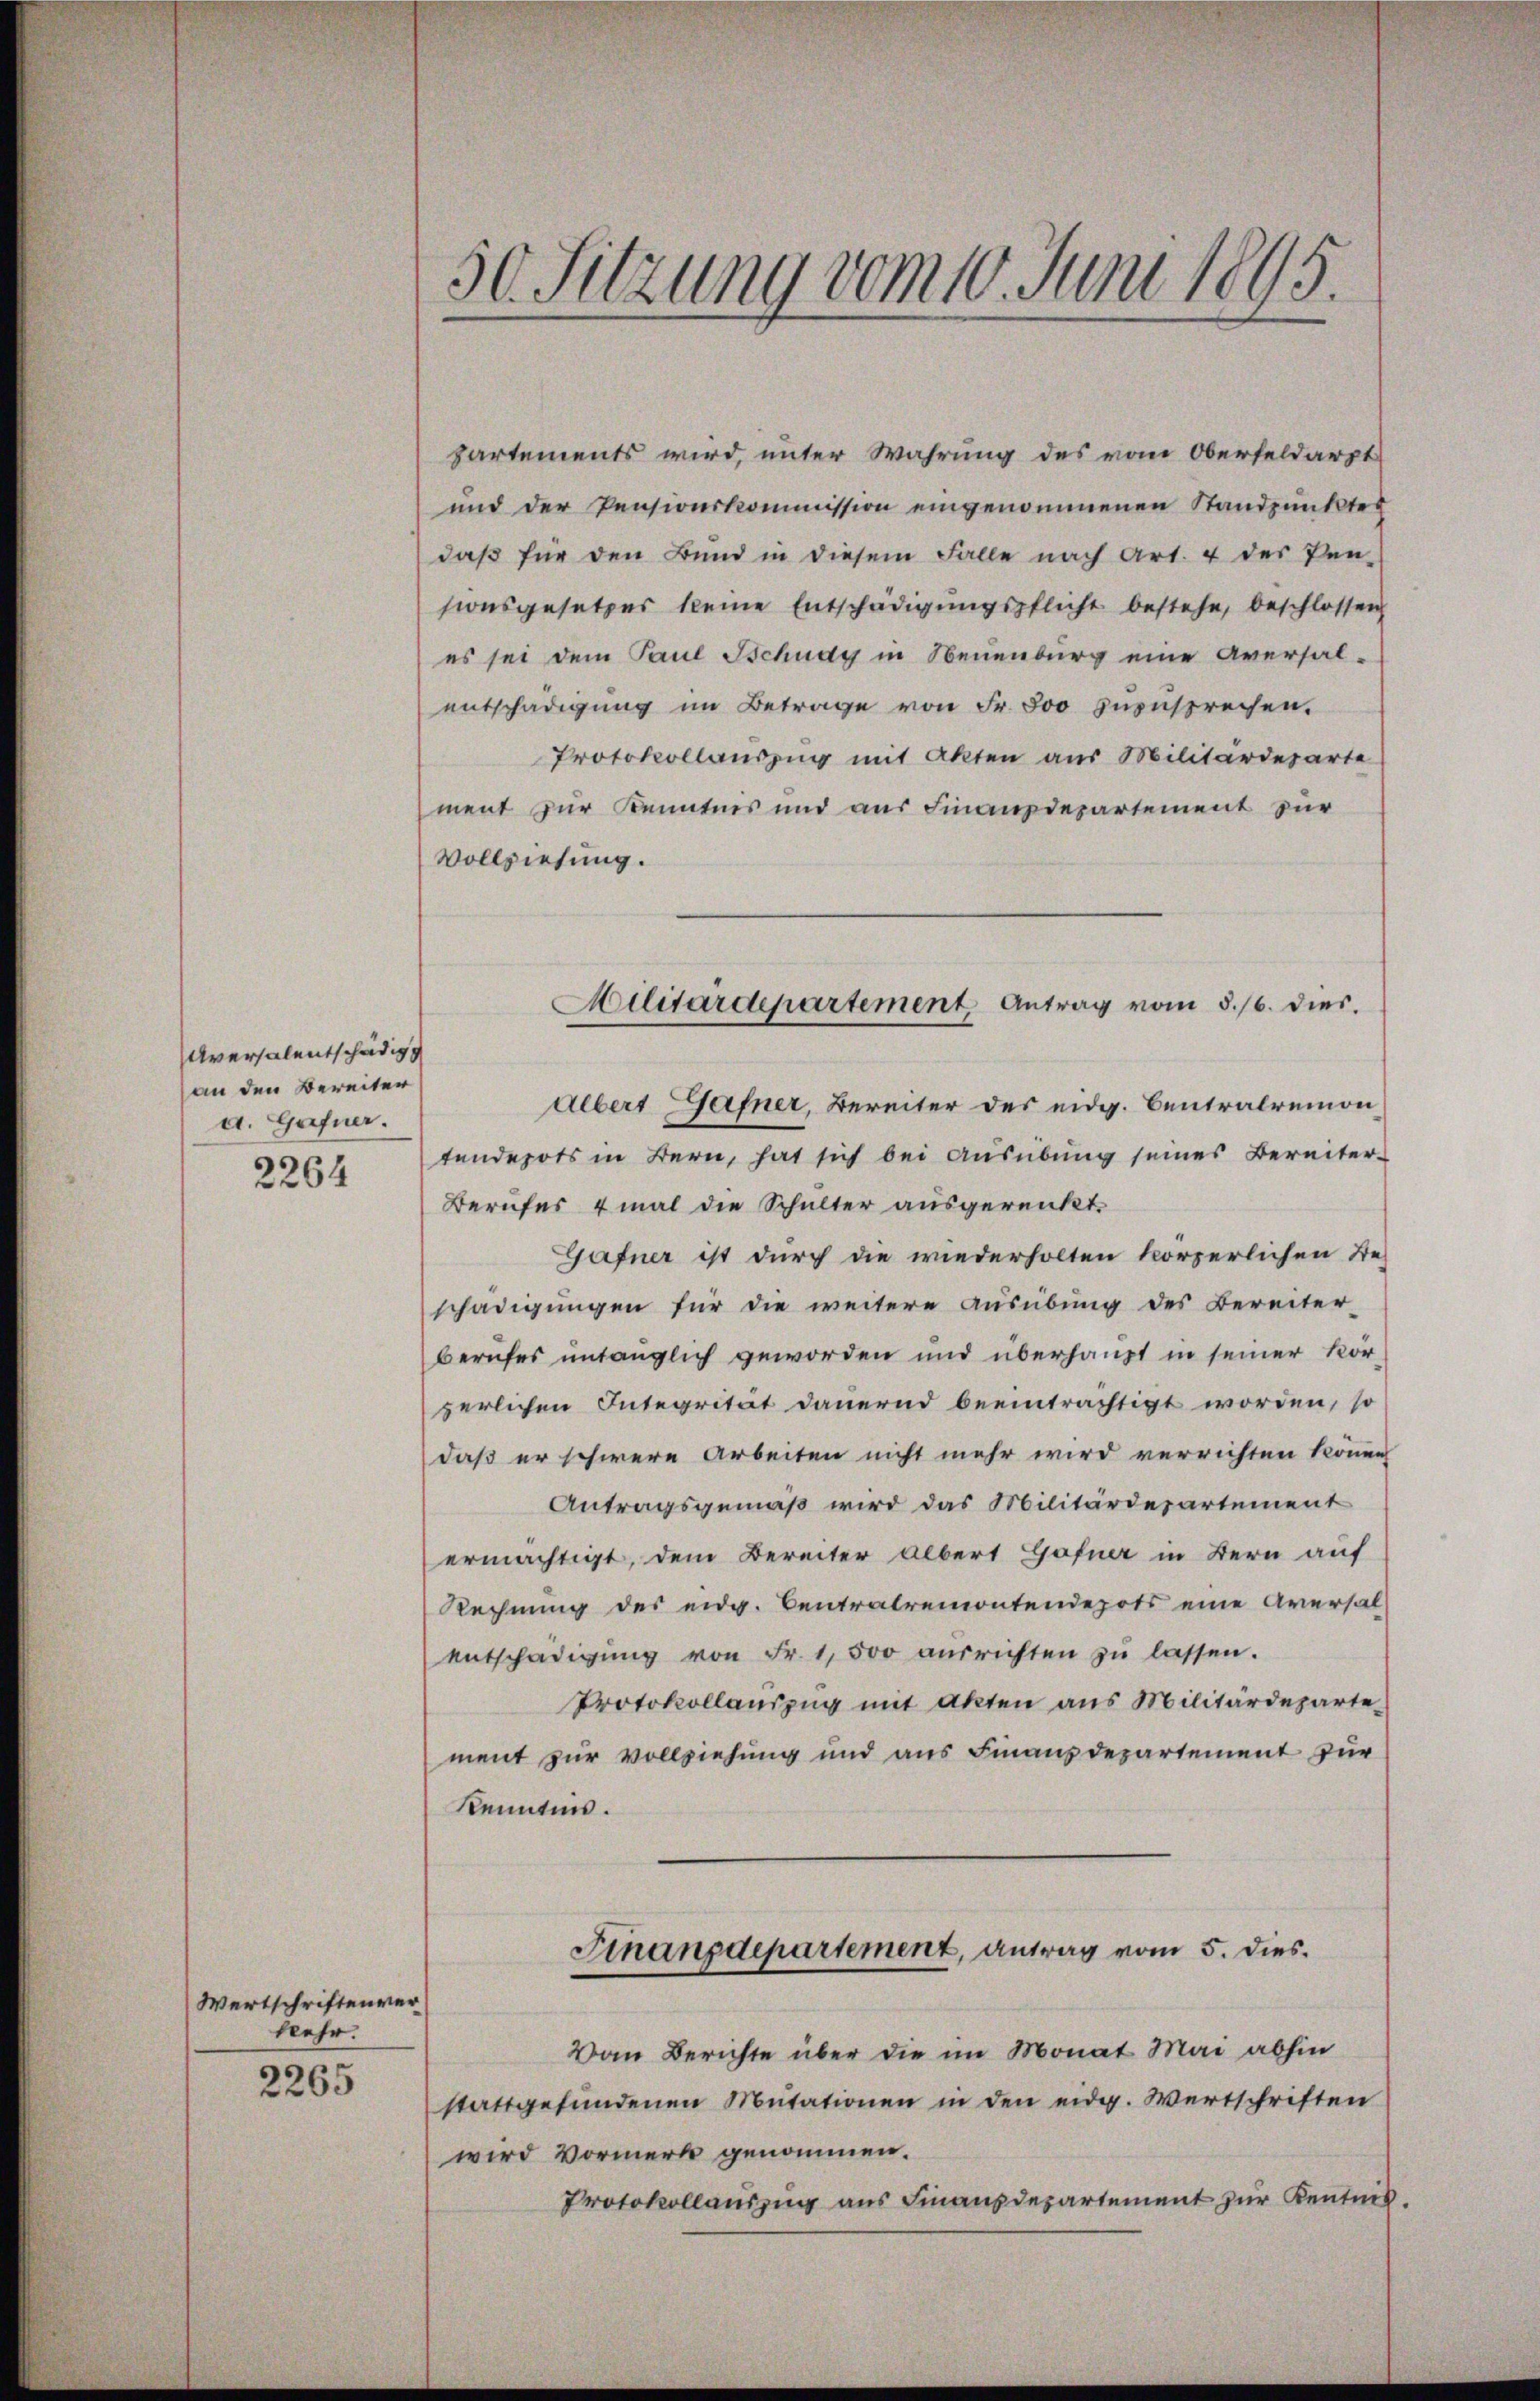
Aversalentschädigs
an den Bereiter
a. Gafner.

2264

Wertschriftenver
kehr.

2265

50. Sitzung vom 10. Juni 1895.

partements wird, unter Wahrung des vom Oberfeldarpt
und der Pensionskommission eingenommenen Standpunktes
daß für den Bund in diesem Falle nach Art. 4 der Pen-
sionsgesetzes keine Entschädigŭngspflicht bestehe, beschlossen
es sei dem Paul Schnay in Neuenburg eine Aversal-
entschädigung im Betrage von Fr. 800 zuzusprechen.
Protokollauszug mit Akten aus Militärdeparte
ment zur Kenntnis und aus Finanzdepartement zur
Vollziehung.
Albert Hafner, Bereiter des eidg. Centralremon
tendepots in Bern, hat sich bei Ausübung seines Bereiter-
Berufes 4 mal die Schulter ausgerenkt.
Gafner ist durch die wiederholten körperlichen Be-
schädigungen für die weitere Ausübung des Bereiter-
berufes untauglich geworden und überhaupt in seiner körzerlichen Integrität dauernd beeinträchtigt worden, so
daß er schwere Arbeiten nicht mehr wird verrichten könne
Antragsgemäß wird das Militärdepartement
ermächtigt, dem Bereiter Albert Gofner in Bern auf
Rechnung des eidg. Centralremontendepots eine Aversal
entschädigŭng von Fr. 1,500 aŭsrichten zŭ lassen.
Protokollauszug mit Akten aus Militärdeparte
ment zur Vollziehung und aus Finanzdepartement für
Kenntnis.
Finanzdepartement, antrag vom 5. dies
Von Berichte über die im Monat Mai abhin
stattgefŭndenen Mutationen in den eidg. Wertschriften
wird Vormerk genommen.
Protokollauszug aus Finanzdepartement zur Kentnis.

Militärdepartement Antrag vom 5./6. dies